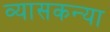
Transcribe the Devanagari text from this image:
व्यासकन्या